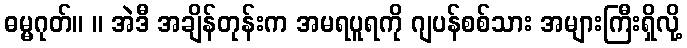
ဓမ္မဂုတ်။ ။ အဲဒီ အချိန်တုန်းက အမရပူရကို ဂျပန်စစ်သား အများကြီးရှိလို့